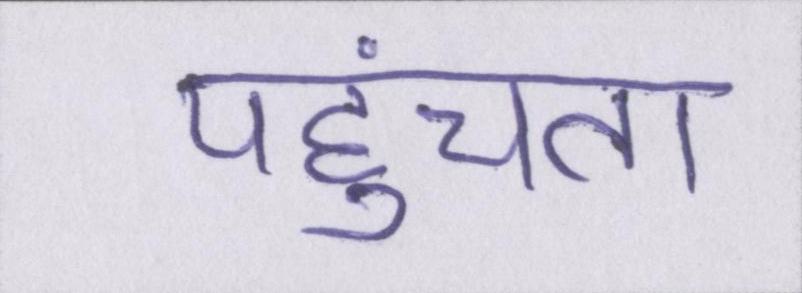
पहुंचता